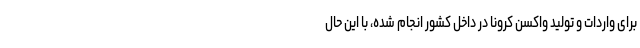
برای واردات و تولید واکسن کرونا در داخل کشور انجام شده، با این حال